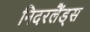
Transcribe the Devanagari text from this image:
निदरलैंड्स